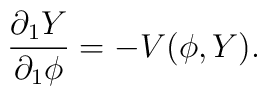
\frac{\partial_1 Y}{\partial_1 \phi} = -V(\phi, Y).